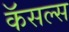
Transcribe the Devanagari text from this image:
कॅसल्स